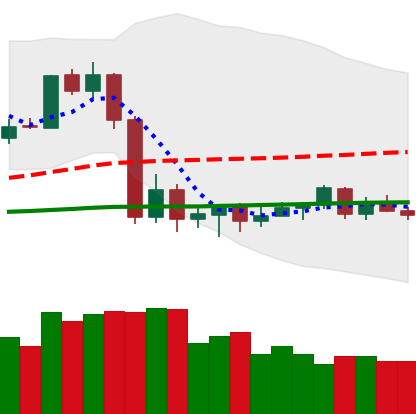
Ticker: LTC-USD
Chart end date: 2020-09-16
Forward return: -9.478%
Label: down_7plus